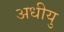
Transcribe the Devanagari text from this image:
अधीयु